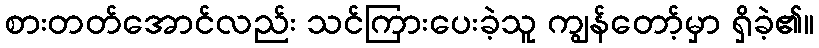
စားတတ်အောင်လည်း သင်ကြားပေးခဲ့သူ ကျွန်တော့်မှာ ရှိခဲ့၏။